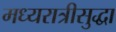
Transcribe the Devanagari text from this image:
मध्यरात्रीसुद्धा